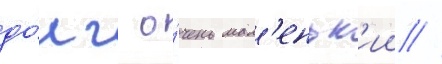
до́лг о́чень мал'еньк'ии //